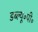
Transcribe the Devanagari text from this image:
डब्ल्यू॰पी॰